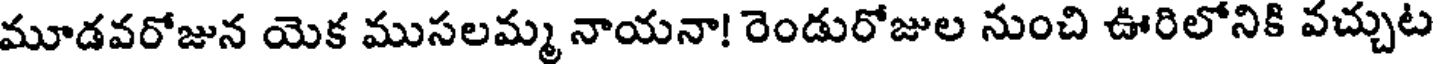
మూడవరోజున యెక ముసలమ్మ నాయనా! రెండురోజుల నుంచి ఊరిలోనికి వచ్చుట